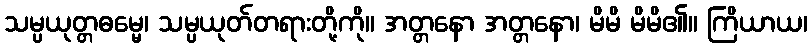
သမ္ပယုတ္တဓမ္မေ၊ သမ္ပယုတ်တရားတို့ကို။ အတ္တနော အတ္တနော၊ မိမိ မိမိ၏။ ကြိယာယ၊